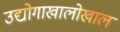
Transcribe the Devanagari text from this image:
उद्योगाखालोखाल